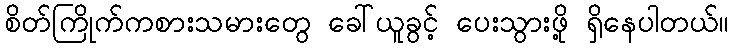
စိတ်ကြိုက်ကစားသမားတွေ ခေါ်ယူခွင့် ပေးသွားဖို့ ရှိနေပါတယ်။